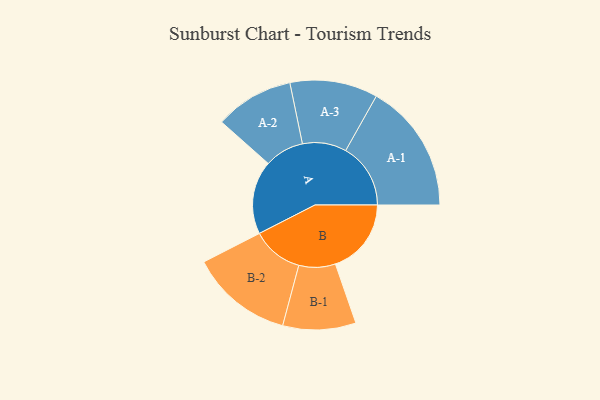
{"axis": {"x": "Segment", "y": "Value"}, "legend": ["", "A", "B"], "data": [{"x": "A", "y": 308, "type": ""}, {"x": "B", "y": 318, "type": ""}, {"x": "A-1", "y": 272, "type": "A"}, {"x": "A-2", "y": 165, "type": "A"}, {"x": "A-3", "y": 184, "type": "A"}, {"x": "B-1", "y": 153, "type": "B"}, {"x": "B-2", "y": 215, "type": "B"}]}